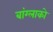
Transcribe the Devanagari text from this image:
बांग्लाको